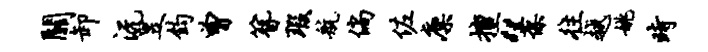
关卸沅昱钧曾簪瑕航倘佐廪擅“葆往越姚时